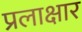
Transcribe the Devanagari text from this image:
प्रलाक्षार